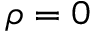
\rho = 0